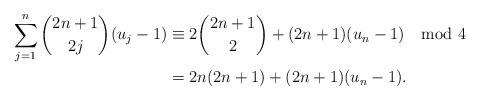
LaTeX: \begin{align*}\sum_{j=1}^n \binom{2n+1}{2j}(u_j-1)&\equiv2\binom{2n+1}{2}+(2n+1)(u_n-1) \mod 4 \\& = 2n(2n+1)+(2n+1)(u_n-1).\end{align*}